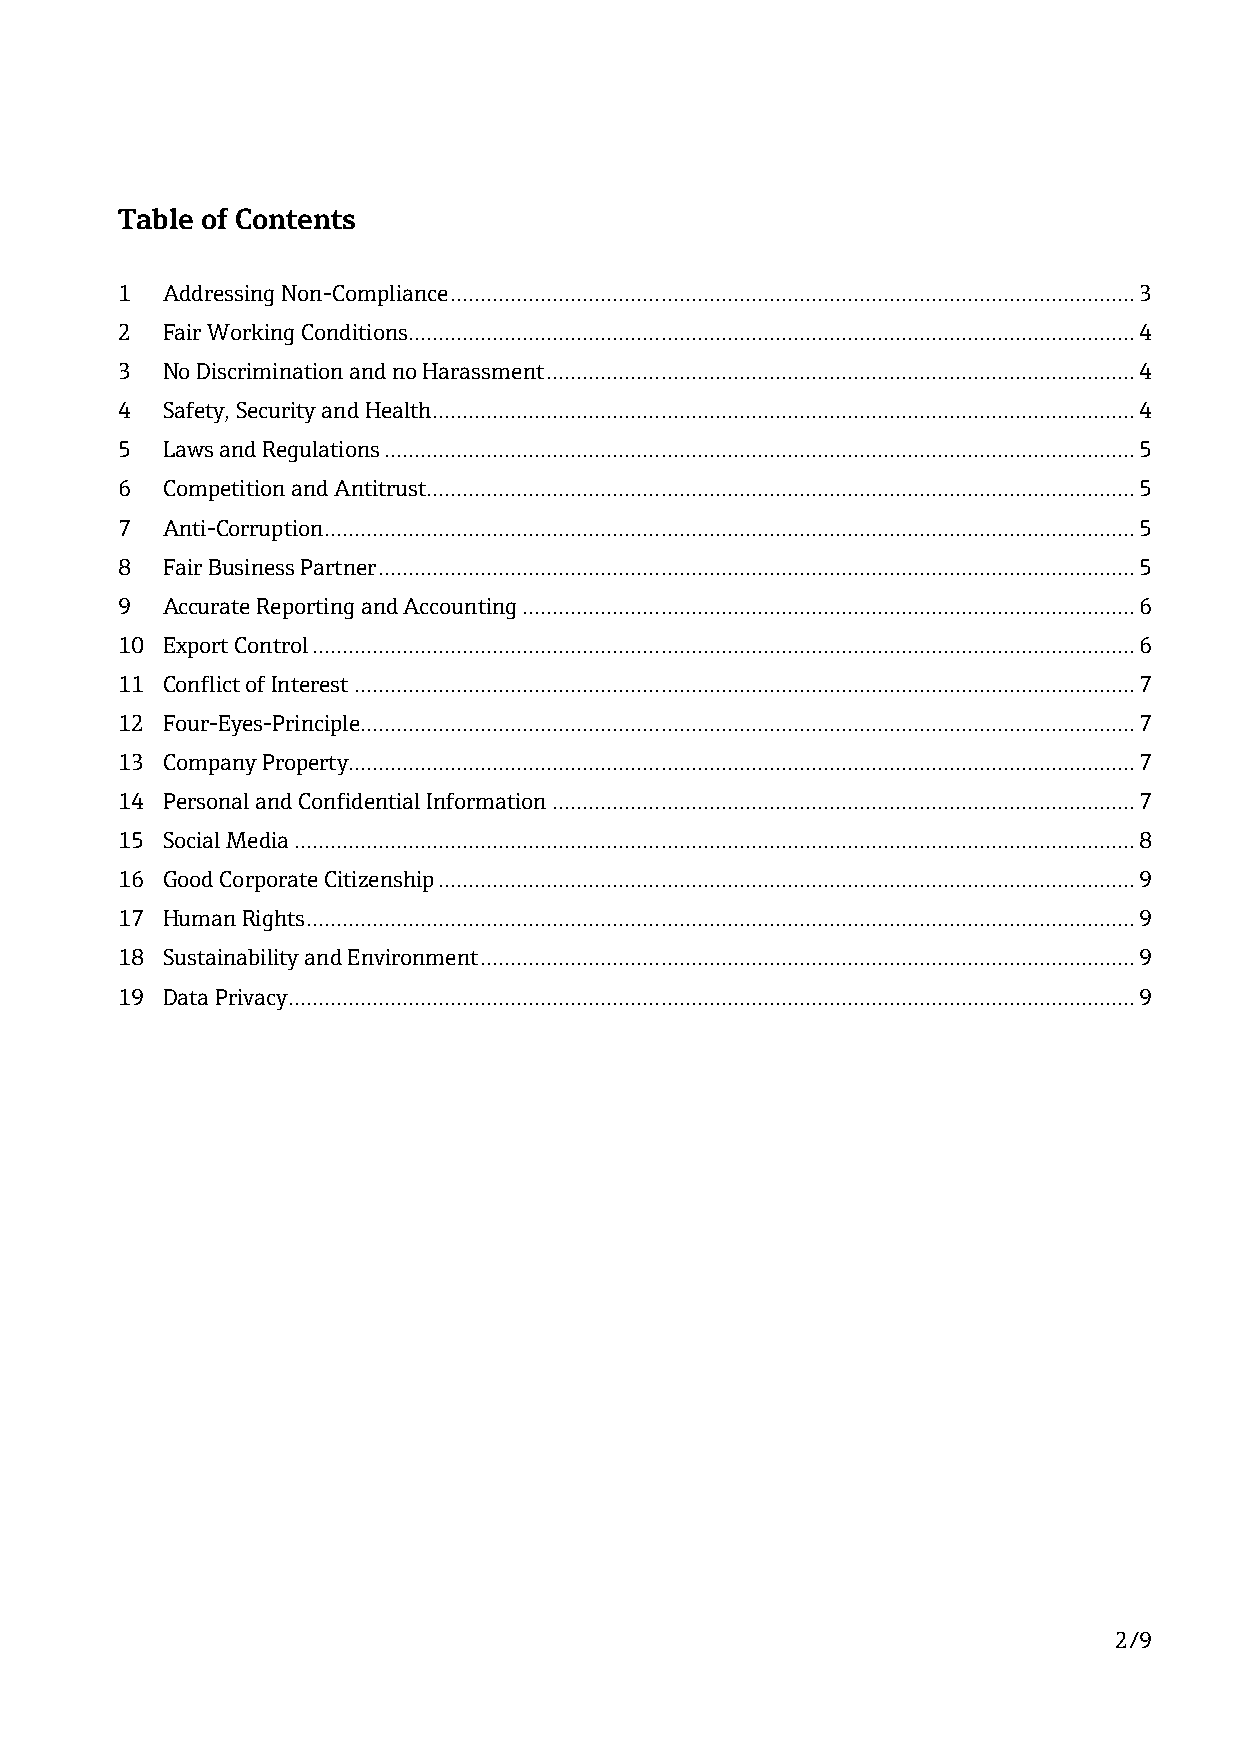
Table of Contents
 1  Addressing Non-Compliance .................................................................................................................. 3
 2  Fair Working Conditions ......................................................................................................................... 4
 3  No Discrimination and no Harassment .................................................................................................. 4
 4  Safety, Security and Health ..................................................................................................................... 4
 5  Laws and Regulations ............................................................................................................................. 5
 6  Competition and Antitrust ...................................................................................................................... 5
 7  Anti-Corruption ....................................................................................................................................... 5
 8  Fair Business Partner .............................................................................................................................. 5
 9  Accurate Reporting and Accounting ...................................................................................................... 6
 10 Export Control ......................................................................................................................................... 6
 11 Conflict of Interest .................................................................................................................................. 7
 12 Four-Eyes-Principle................................................................................................................................. 7
 13 Company Property ................................................................................................................................... 7
 14 Personal and Confidential Information ................................................................................................. 7
 15 Social Media ............................................................................................................................................ 8
 16 Good Corporate Citizenship .................................................................................................................... 9
 17 Human Rights .......................................................................................................................................... 9
 18 Sustainability and Environment ............................................................................................................. 9
 19 Data Privacy ............................................................................................................................................. 9
 2/9